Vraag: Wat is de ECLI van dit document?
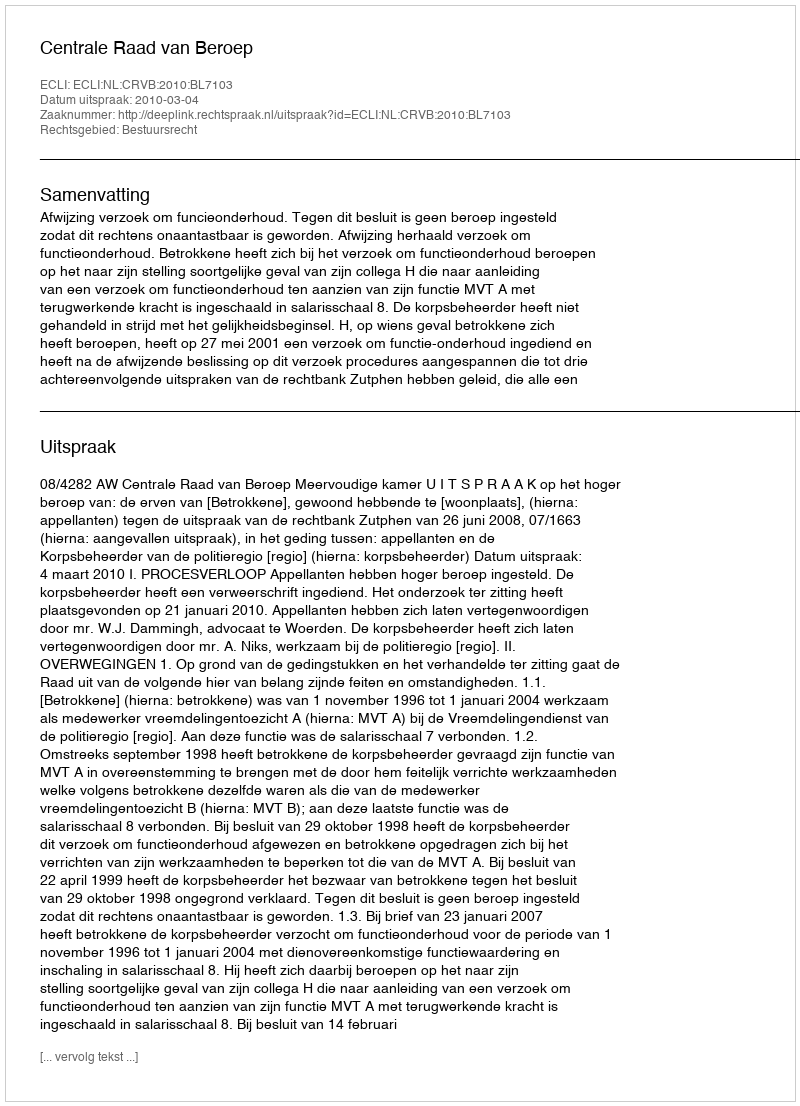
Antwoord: ECLI:NL:CRVB:2010:BL7103